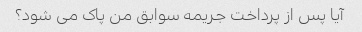
آیا پس از پرداخت جریمه سوابق من پاک می شود؟